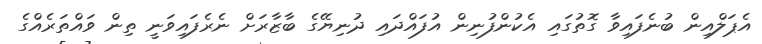
އެޕަލްއިން ބުނެފައިވާ ގޮތުގައި އެކުންފުނިން އުފައްދައި ދުނިޔޭގެ ބާޒާރަށް ނެރެފައިވަނީ ތިން ވައްތަރެއްގެ